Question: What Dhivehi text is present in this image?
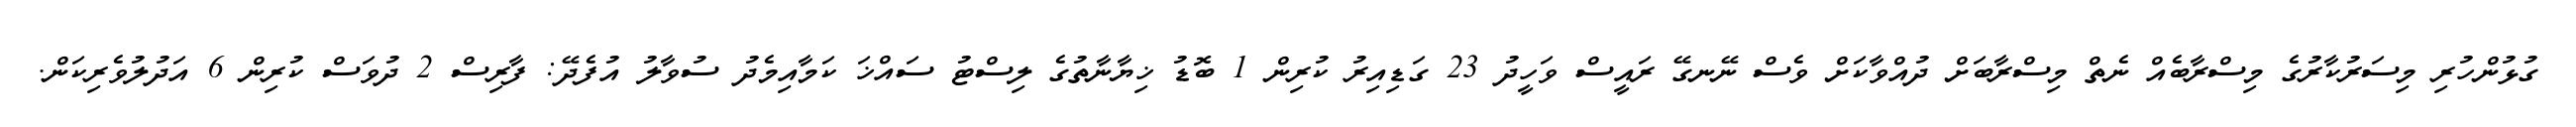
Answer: ގުޅުންހުރި މިސަރުކާރުގެ މިސްރާބެއް ނެތް މިސްރާބަށް ދުއްވާކަށް ވެސް ނޭނގޭ ރައީސް ވަހީދު 23 ގަޑިއިރު ކުރިން 1 ބޮޑު ޚިޔާނާތުގެ ލިސްޓު ސައްޚަ ކަމާއިމެދު ސުވާލު އުފެދޭ: ފާރިސް 2 ދުވަސް ކުރިން 6 އަދުލުވެރިކަން.